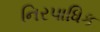
નિરપાધિક